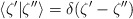
\begin{align*}\langle \zeta' | \zeta''\rangle=\delta(\zeta'-\zeta'')\end{align*}